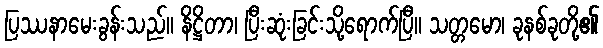
ပြဿနာမေးခွန်းသည်။ နိဋ္ဌိတာ၊ ပြီးဆုံးခြင်းသို့ရောက်ပြီ။ သတ္တမော၊ ခုနစ်ခုတို့၏